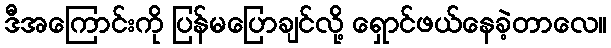
ဒီအကြောင်းကို ပြန်မပြောချင်လို့ ရှောင်ဖယ်နေခဲ့တာလေ။